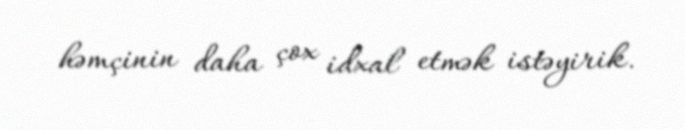
həmçinin daha çox idxal etmək istəyirik.